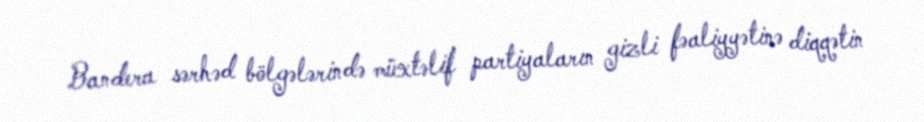
Bandera sərhəd bölgələrində müxtəlif partiyaların gizli fəaliyyətinə diqqətin